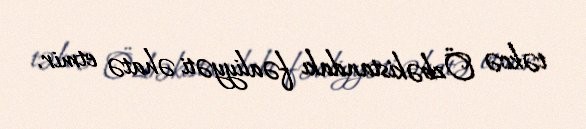
təkcə Özbəkistandakı fəaliyyəti əhatə etmir.